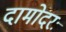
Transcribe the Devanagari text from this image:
दामोदरः